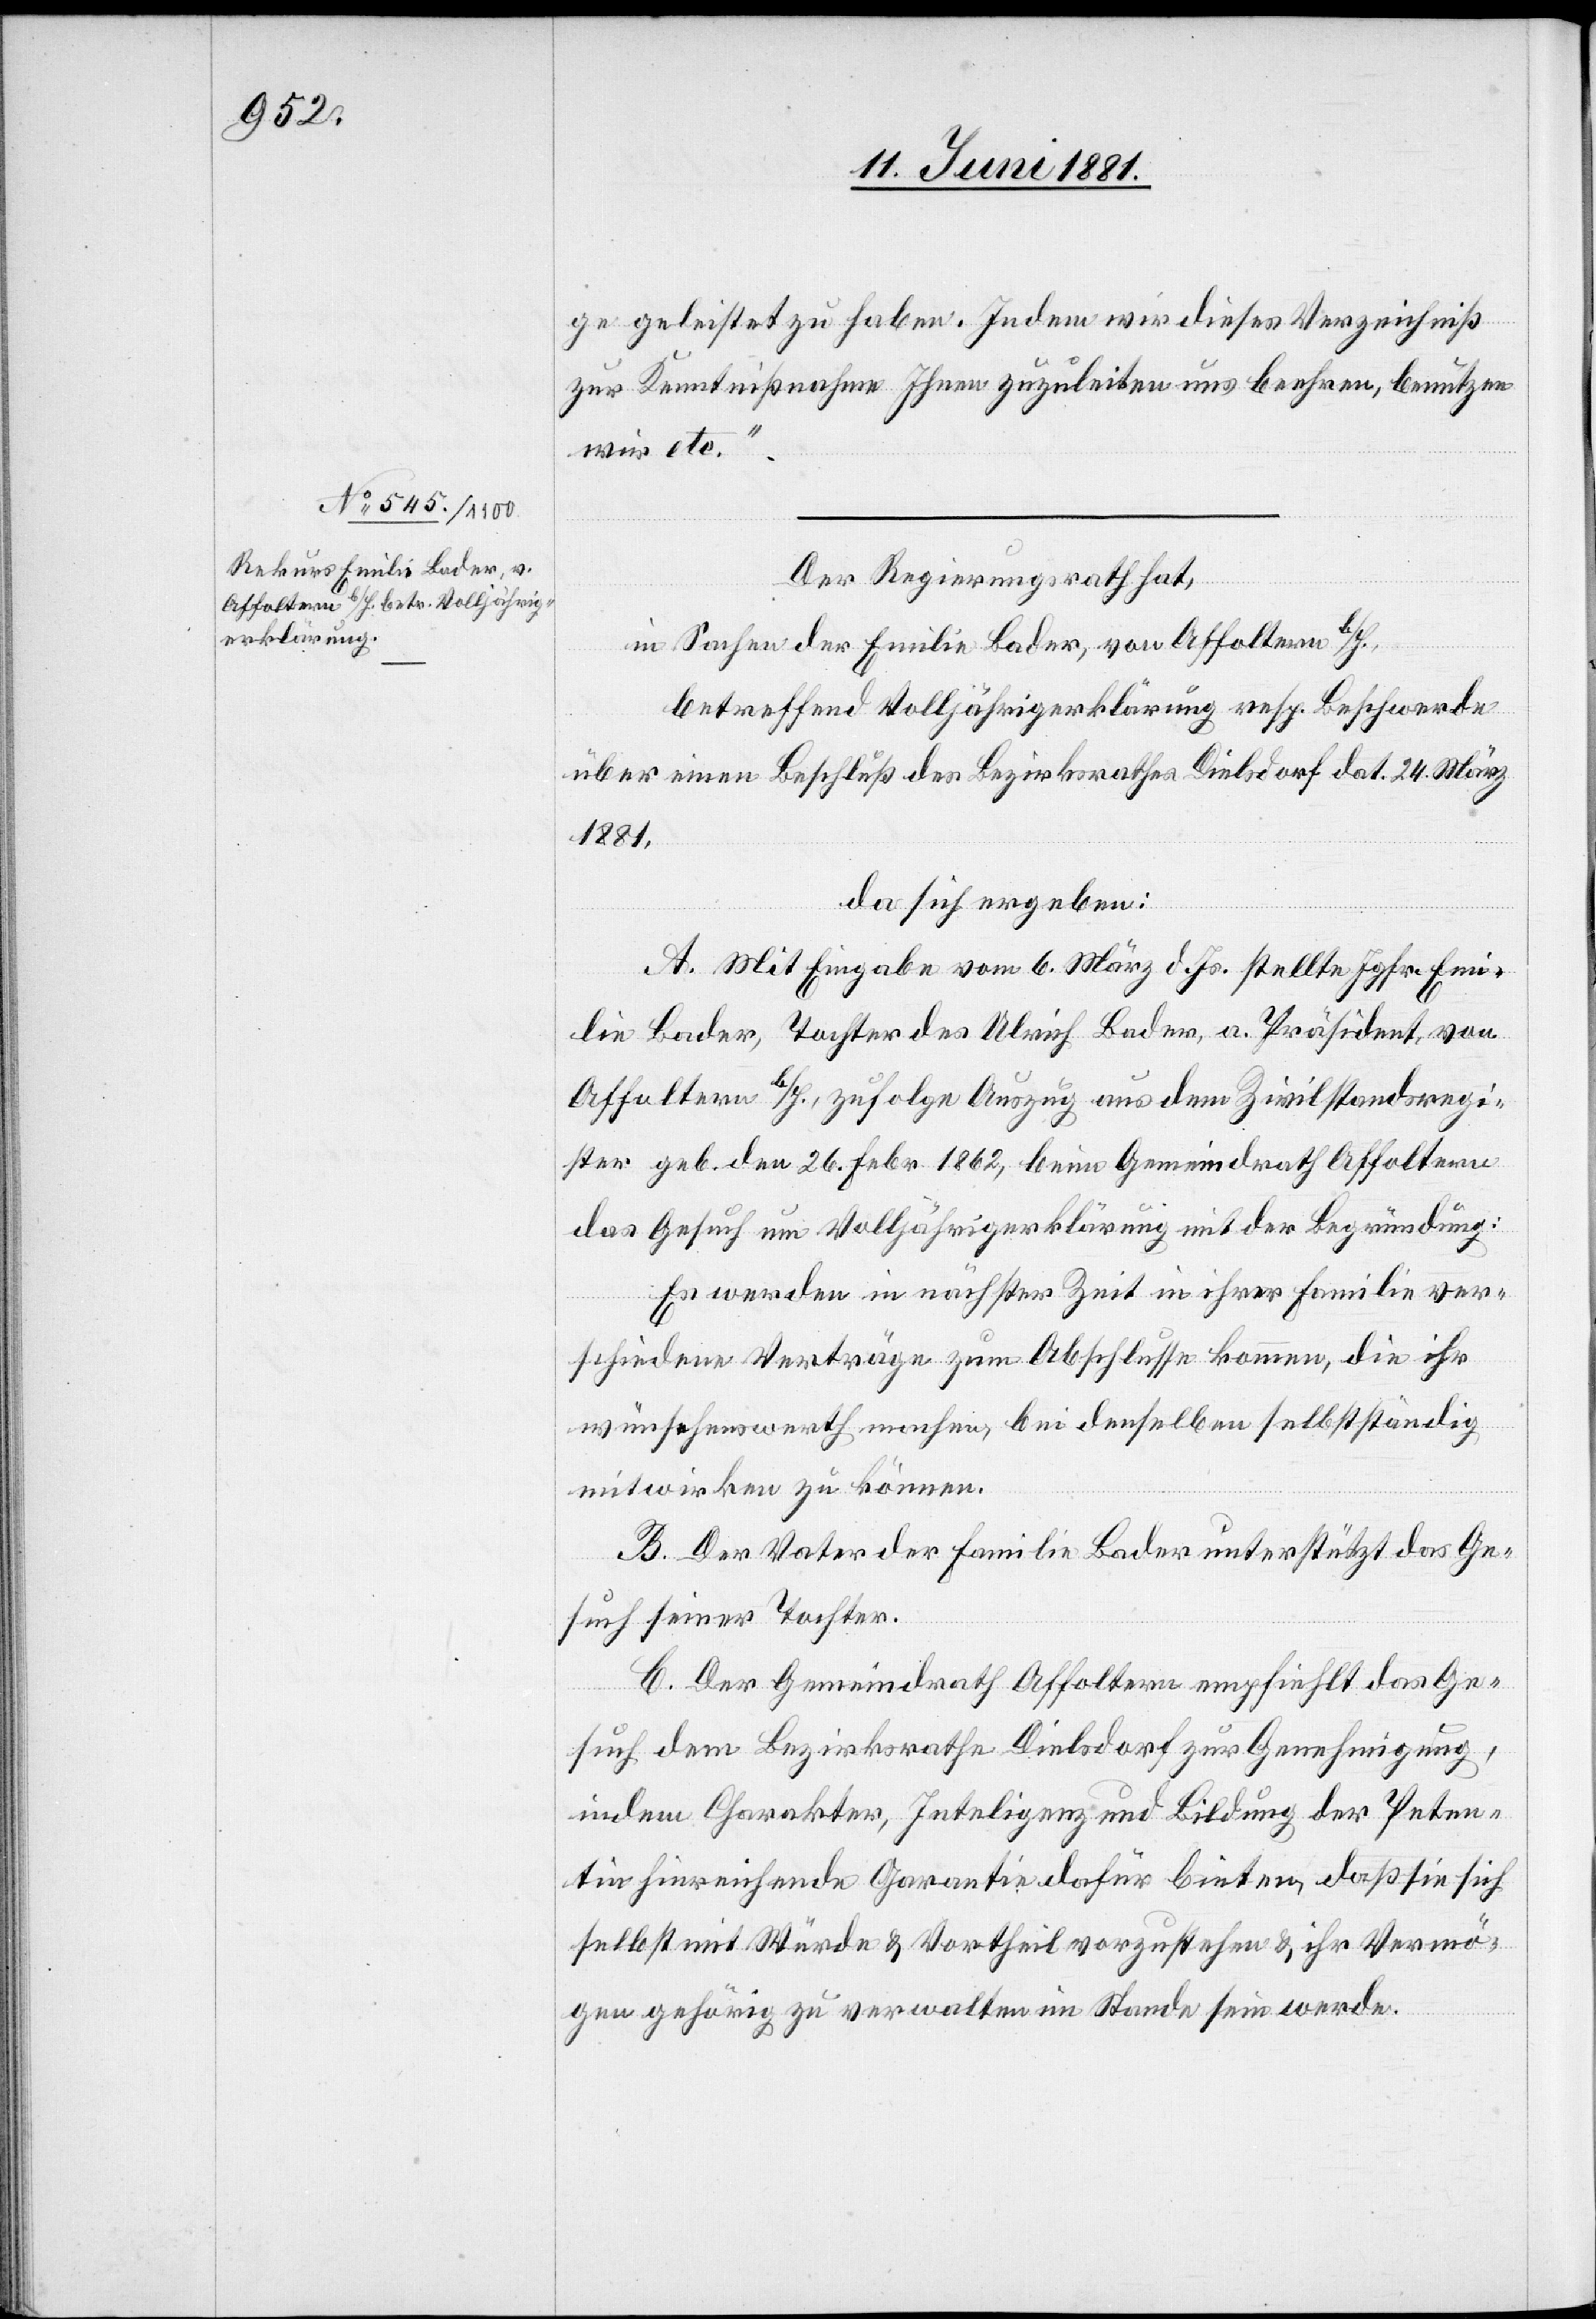
ge geleistet zu haben. Indem wir dieses Verzeichniß
zur Kenntnißnahme Ihnen zuzuleiten uns beehren, benutzen
wir etc.“
Der Regierungsrath hat,
in Sachen der Emilie Bader, von Affoltern b/H.,
betreffend Volljährigerklärung resp. Beschwerde
über einen Beschluß des Bezirksrathes Dielsdorf dat. 24. März
1881,
da sich ergeben:
A. Mit Eingabe vom 6. März d. Js. stellte Jgfr. Emi¬
lie Bader, Tochter des Ulrich Bader, a. Präsident, von
Affoltern b/H., zufolge Auszug aus dem Zivilstandsregi¬
ster geb. den 26. Febr. 1862, beim Gemeindrath Affoltern
das Gesuch um Volljährigerklärung mit der Begründung:
Es werden in nächster Zeit in ihrer Familie ver¬
schiedene Verträge zum Abschlusse kommen, die ihr
wünschenswerth machen, bei denselben selbstständig
mitwirken zu können.
B. Der Notar der Familie Bader unterstützt das Ge¬
such seiner Tochter.
C. Der Gemeindrath Affoltern empfiehlt das Ge¬
such dem Bezirksrathe Dielsdorf zur Genehmigung,
in dem Charakter, Inteligenz [sic!] und Bildung der Peten¬
tin hinreichende Garantie dafür bieten, daß sie sich
selbst mit Würde & Vortheil vorzustehen & ihr Vermö¬
gen gehörig zu verwalten im Stande sein werde.